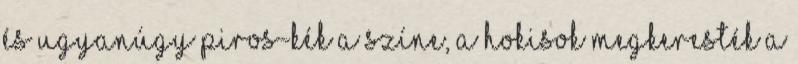
és ugyanúgy piros-kék a színe, a hokisok megkeresték a